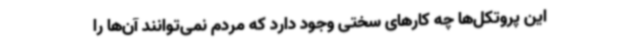
این پروتکل‌ها چه کارهای سختی وجود دارد که مردم نمی‌توانند آن‌ها را